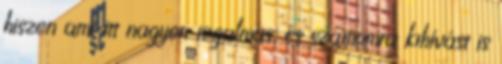
hiszen ami itt nagyon izgalmas, és számomra kihívást is